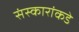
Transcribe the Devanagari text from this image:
संस्कारांकडे